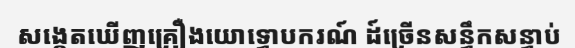
សង្កេតឃើញគ្រឿងយោទ្ធោបករណ៍ ដ៍ច្រើនសន្ធឹកសន្ធាប់